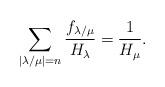
LaTeX: \begin{align*}\sum_{|\lambda/\mu|=n} \frac{{f_{\lambda/ \mu}}}{H_\lambda} = \frac 1{H_\mu}.\end{align*}